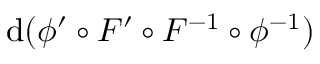
\mathrm { d } ( \phi ^ { \prime } \circ F ^ { \prime } \circ F ^ { - 1 } \circ \phi ^ { - 1 } )